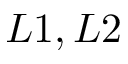
L 1 , L 2